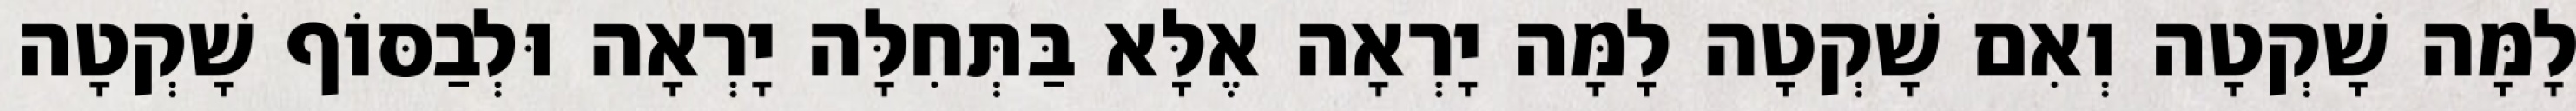
לָמָּה שָׁקְטָה וְאִם שָׁקְטָה לָמָּה יָרְאָה אֶלָּא בַּתְּחִלָּה יָרְאָה וּלְבַסּוֹף שָׁקְטָה